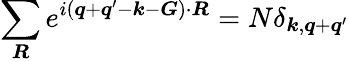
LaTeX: \sum_{\boldsymbol{R}}e^{i(\boldsymbol{q}+\boldsymbol{q}^{\prime}-\boldsymbol{k}-\boldsymbol{G})\cdot\boldsymbol{R}}=N\delta_{\boldsymbol{k},\boldsymbol{q}+\boldsymbol{q}^{\prime}}